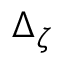
\Delta _ { \zeta }